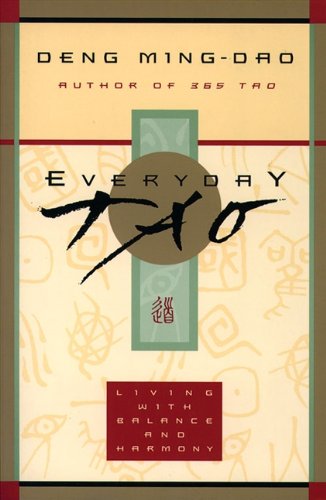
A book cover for Everyday Tao: Living with Balance and Harmony; Ming-Dao Deng; Religion & Spirituality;